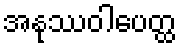
အနုဿဝါပေတ္ထ